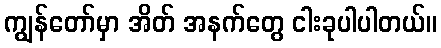
ကျွန်တော်မှာ အိတ် အနက်တွေ ငါးခုပါပါတယ်။